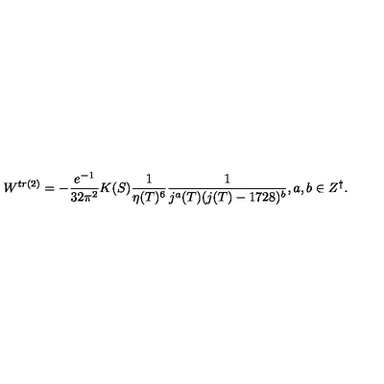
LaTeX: W ^ { t r ( 2 ) } = - \frac { e ^ { - 1 } } { 3 2 \pi ^ { 2 } } K ( S ) \frac { 1 } { \eta ( T ) ^ { 6 } } \frac { 1 } { j ^ { a } ( T ) ( j ( T ) - 1 7 2 8 ) ^ { b } } , a , b \in Z ^ { \dagger } .